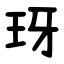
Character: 玡